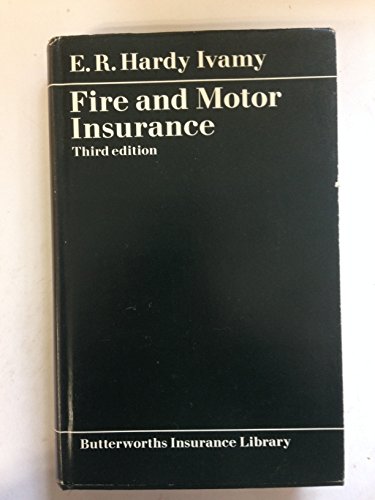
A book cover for Fire and Motor Insurance (Butterworth's insurance library); E.R.Hardy Ivamy; Law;